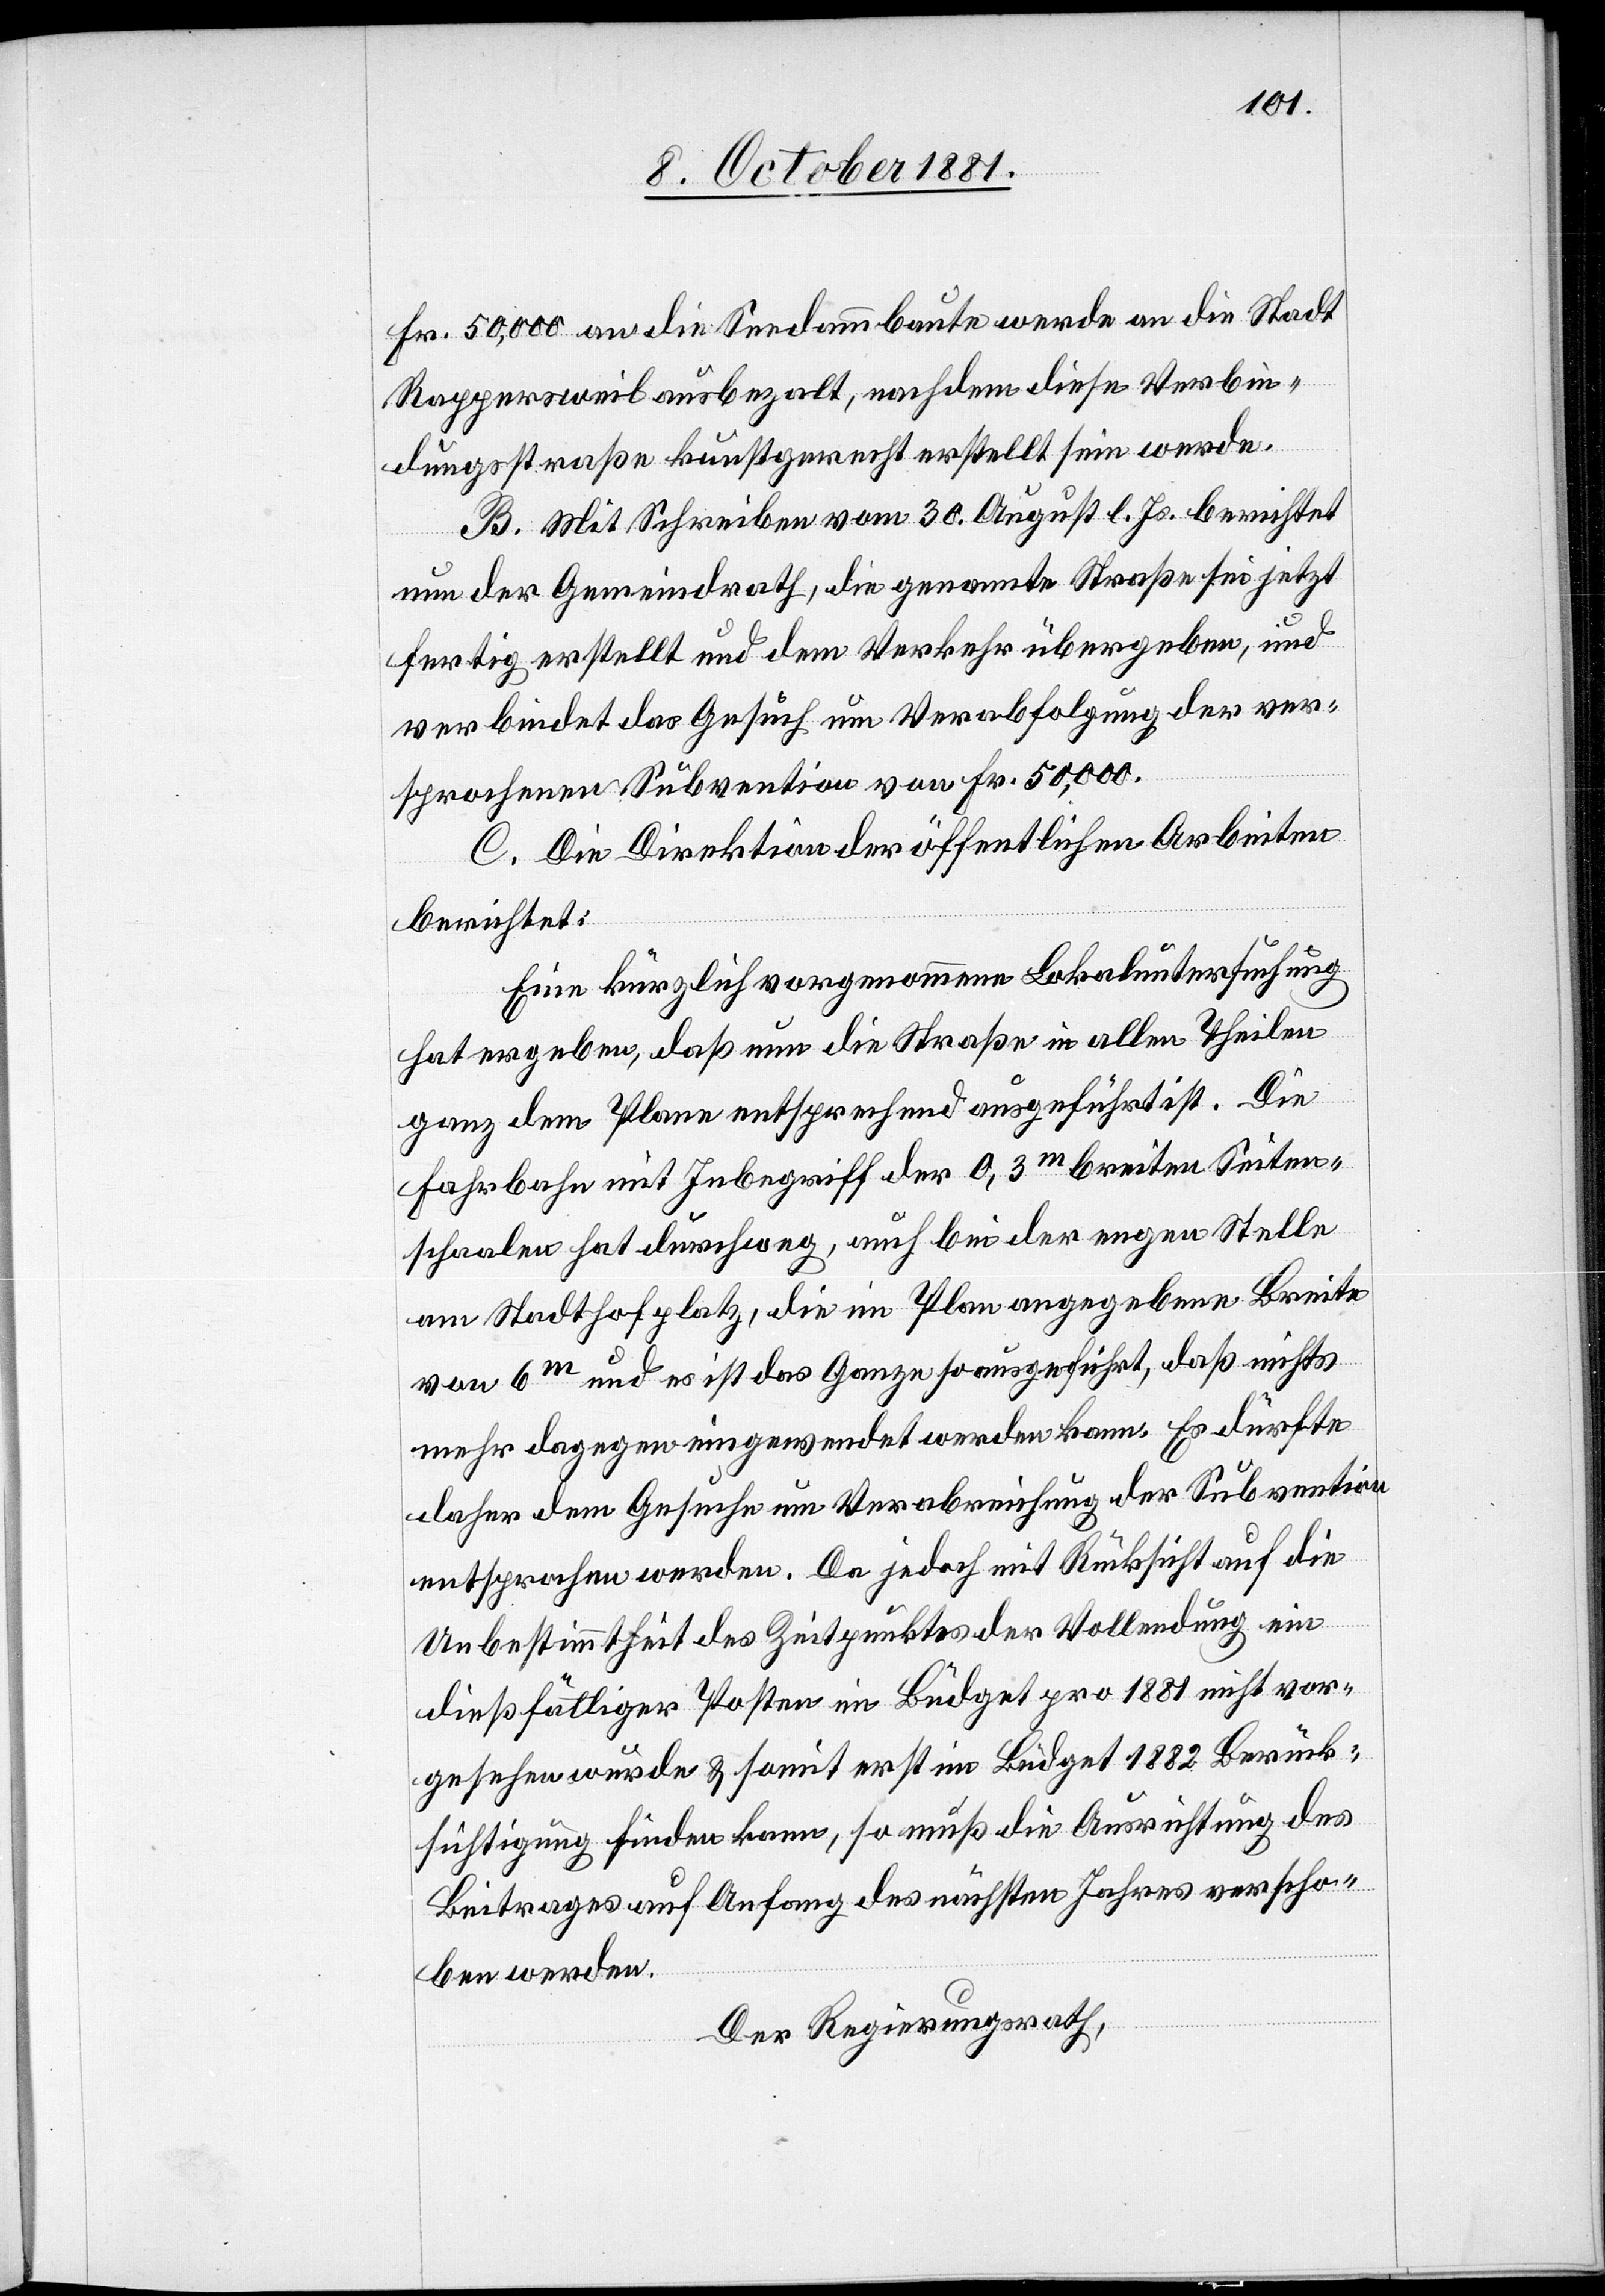
Fr. 50,000 an die Seedammbaute werde an die Stadt
Rappersweil ausbezalt, nachdem diese Verbin¬
dungsstraße kunstgerecht erstellt sein werde.
B. Mit Schreiben vom 30. August l. Js. berichtet
nun der Gemeindrath, die genannte Straße sei jetzt
fertig erstellt und dem Verkehr übergeben, und
verbindet das Gesuch um Verabfolgung der ver¬
sprochenen Subvention von Fr. 50,000.
C. Die Direktion der öffentlichen Arbeiten
berichtet:
Eine kürzlich vorgenommene Lokaluntersuchung
hat ergeben, daß nun die Straße in allen Theilen
ganz dem Plane entsprechend ausgeführt ist. Die
Fahrbahn mit Inbegriff der 0,3m breiten Seiten¬
schaalen hat durchweg, auch bei der engen Stelle
am Stadthofplatz, die im Plan angegebene Breite
von 6m und es ist das Ganze so ausgeführt, daß nichts
mehr dagegen eingewendet werden kann. Es dürfte
daher dem Gesuche um Verabreichung der Subvention
entsprochen werden. Da jedoch mit Rücksicht auf die
Unbestimmtheit des Zeitpunktes der Vollendung ein
dießfälliger Posten im Büdget pro 1881 nicht vor¬
gesehen wurde & somit erst im Büdget 1882 Berück¬
sichtigung finden kann, so muß die Ausrichtung des
Beitrages auf Anfang des nächsten Jahres verscho¬
ben werden.
Der Regierungsrath,